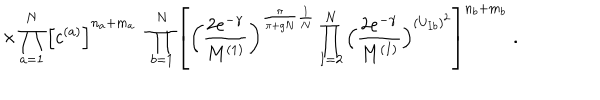
LaTeX: \times \prod _ { a = 1 } ^ { N } \Big [ c ^ { ( a ) } \Big ] ^ { n _ { a } + m _ { a } } \; \; \prod _ { b = 1 } ^ { N } \left[ \left( \frac { 2 e ^ { - \gamma } } { M ^ { ( 1 ) } } \right) ^ { \frac { \pi } { \pi + g N } \frac { 1 } { N } } \prod _ { I = 2 } ^ { N } \Big ( \frac { 2 e ^ { - \gamma } } { M ^ { ( I ) } } \Big ) ^ { ( U _ { I b } ) ^ { 2 } } \right] ^ { n _ { b } + m _ { b } } \; .